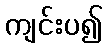
ကျင်းပ၍